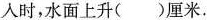
入时，水面上升( )厘米，